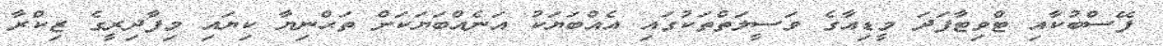
ފޭސްބުކާއި ޓްވިޓާފަދަ މީޑިއާގެ ވަސީލަތްތަކުގައި އެއްބަޔަކު އަނެއްބަޔަކަށް ތަޙްނިޔާ ކިޔައި މިފާދިރީގެ ޒިކްރާ